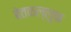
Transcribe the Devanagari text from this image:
बेतकल्लुफ